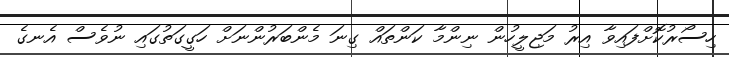
ހިސޯރުކޮށްފައިވާ އިރު މަޖިލީހުން ނިންމާ ކަންތައް ގިނަ މެންބަރުންނަށް ހަގީގަތުގައި ނުވެސް އެނގެ